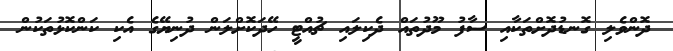
ދޮންވެލި ގޮނޑުދޮށްތަކާއި ސާފު މޫދުތައް ދެކިލައި ޗުއްޓީ ހޭދަކޮށްލަން ދުނިޔޭގެ އެކި ކަންކޮޅުތަކުން